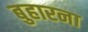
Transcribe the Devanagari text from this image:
बुहारना